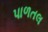
પાળતલ